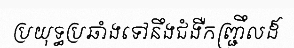
ប្រយុទ្ធប្រឆាំងទៅនឹងជំងឺកញ្ជ្រឹលដ៏